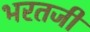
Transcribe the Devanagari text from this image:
भरतजी